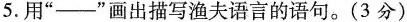
5.用”——“画出描写渔夫语言的语句。(3分)